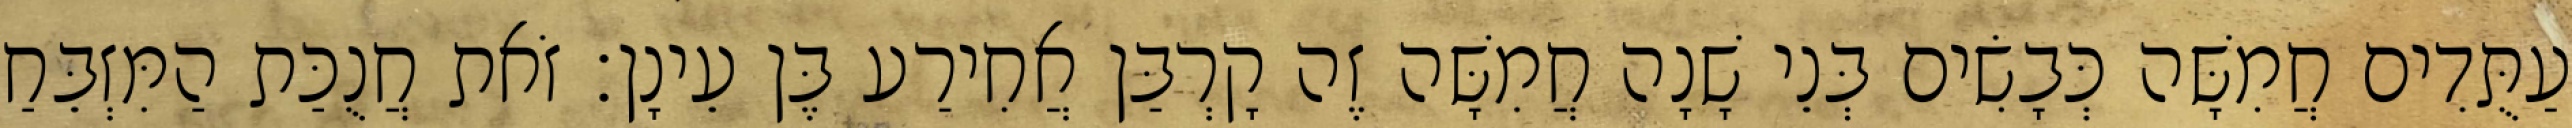
עַתֻּדִים חֲמִשָּׁה כְּבָשִׂים בְּנֵי שָׁנָה חֲמִשָּׁה זֶה קָרְבַּן אֲחִירַע בֶּן עֵינָן׃ זֹאת חֲנֻכַּת הַמִּזְבֵּחַ